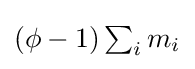
{\textstyle (\phi -1)\sum _{i}m_{i}}